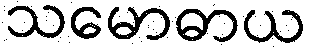
သမောဓာယ